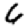
Digit: 6